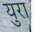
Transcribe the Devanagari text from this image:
युरा